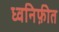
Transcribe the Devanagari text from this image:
ध्वनिफ़ीत